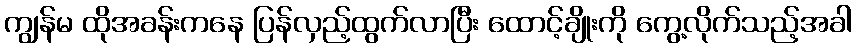
ကျွန်မ ထိုအခန်းကနေ ပြန်လှည့်ထွက်လာပြီး ထောင့်ချိုးကို ကွေ့လိုက်သည့်အခါ